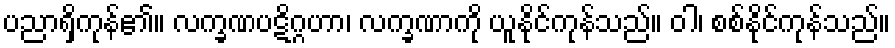
ပညာရှိကုန်၏။ လက္ခဏပဋိဂ္ဂဟာ၊ လက္ခဏာကို ယူနိုင်ကုန်သည်။ ဝါ၊ စစ်နိုင်ကုန်သည်။